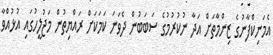
އެމަނިކްފާނުގެ ޒިންމާތަށް އަދާ ނުކުރުމުގެ ސަބަބުން ދެވަނަ ކަމަކަށް ރައްޔިތުން މަޖުލީހުގައި އުޅުއްވާ